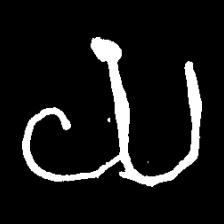
Pyu character \u2014 Myanmar letter: ယ (romanized: ya)